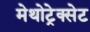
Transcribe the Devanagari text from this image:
मेथोट्रेक्सेट